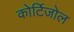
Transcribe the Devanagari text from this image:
कोर्टिजोल